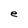
Character: e